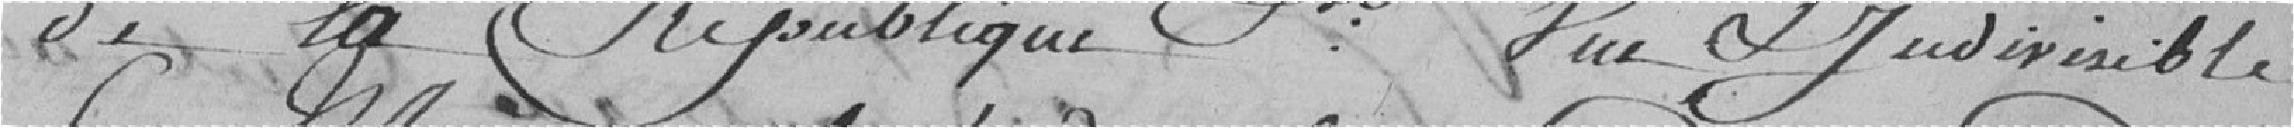
de la République française une et indivisible